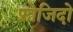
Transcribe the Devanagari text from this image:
फ्रोजिदो